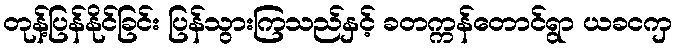
တုန့်ပြန်နိုင်ခြင်း ပြန်သွားကြသည်နှင့် ခတက္ကန်တောင်ရွာ ယခငကှ